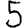
Digit: 5